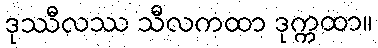
ဒုဿီလဿ သီလကထာ ဒုက္ကထာ။